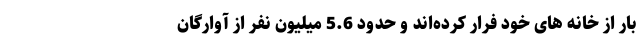
بار از خانه های خود فرار کرده‌اند و حدود 5.6 میلیون نفر از آوارگان